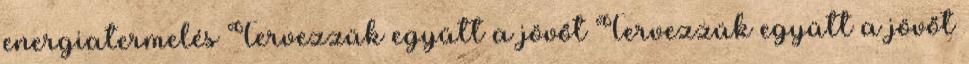
energiatermelés Tervezzük együtt a jövőt Tervezzük együtt a jövőt